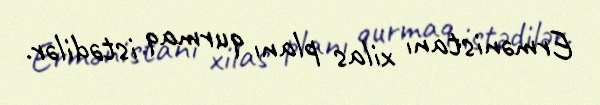
Ermənistanı xilas planı qurmaq istədilər.